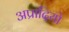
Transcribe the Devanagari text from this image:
अप्रादियो